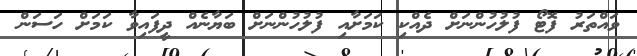
ވައްތަރު ފޮޓޯ ފުލުހުންނަށް ދެއްކި ކަމަށާއި ފުލުހުންނަށް ބަޔާނެއް ދީފައިވާ ކަމަށް ހަސަން